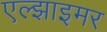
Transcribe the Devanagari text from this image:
एल्झाइमर